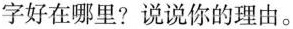
字好在哪里？说说你的理由。